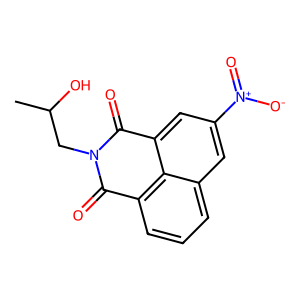
SMILES: CC(O)CN1C(=O)c2cccc3cc([N+](=O)[O-])cc(c23)C1=O
Inhibits HIV replication: No